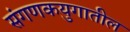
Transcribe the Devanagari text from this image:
संगणकयुगातील